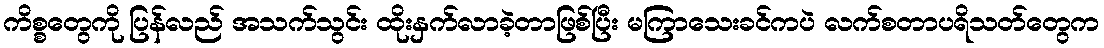
ကိစ္စတွေကို ပြန်လည် အသက်သွင်း ထိုးနှက်လာခဲ့တာဖြစ်ပြီး မကြာသေးခင်ကပဲ လက်စတာပရိသတ်တွေက